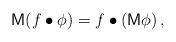
LaTeX: \begin{align*}\mathsf{M}(f\bullet \phi)=f\bullet \left(\mathsf{M} \phi\right),\end{align*}